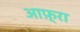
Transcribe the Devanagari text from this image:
आफ़्रा